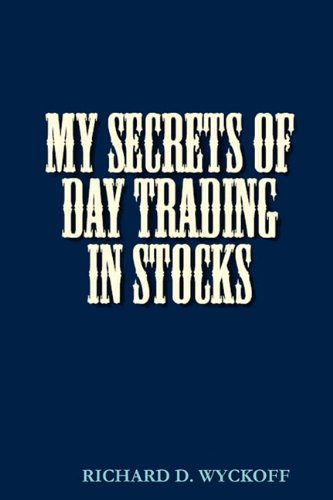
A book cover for MY SECRETS OF DAY TRADING IN STOCKS; D Richard Wyckoff; Business & Money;